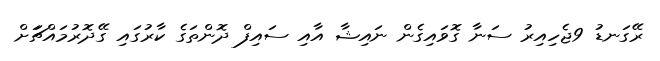
ރޭގަނޑު 9ޖެހިއިރު ސަނާ ގޮވައިގެން ނައިޝާ އާއި ސައިފް ދޮންތަގެ ކާރުގައި ގޭދޮރުމައްޗަަށް